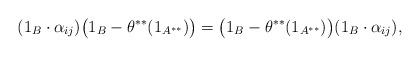
LaTeX: \begin{align*} ( 1_{B}\cdot\alpha_{ij})\big(1_B-\theta^{**}(1_{A^{**}})\big) &=\big(1_B-\theta^{**}(1_{A^{**}})\big)( 1_{B}\cdot\alpha_{ij}), \end{align*}